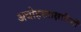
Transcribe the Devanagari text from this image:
अधोहस्ताक्षारियों